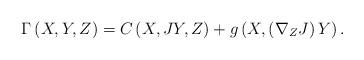
LaTeX: \begin{align*}\Gamma \left( X,Y,Z\right) =C\left( X,JY,Z\right) +g\left( X,\left( \nabla_{Z}J\right) Y\right) . \end{align*}